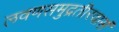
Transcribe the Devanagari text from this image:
लवणसमुद्रतीरवासं